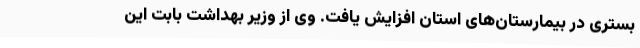
بستری در بیمارستان‌های استان افزایش یافت. وی از وزیر بهداشت بابت این